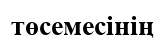
төсемесінің